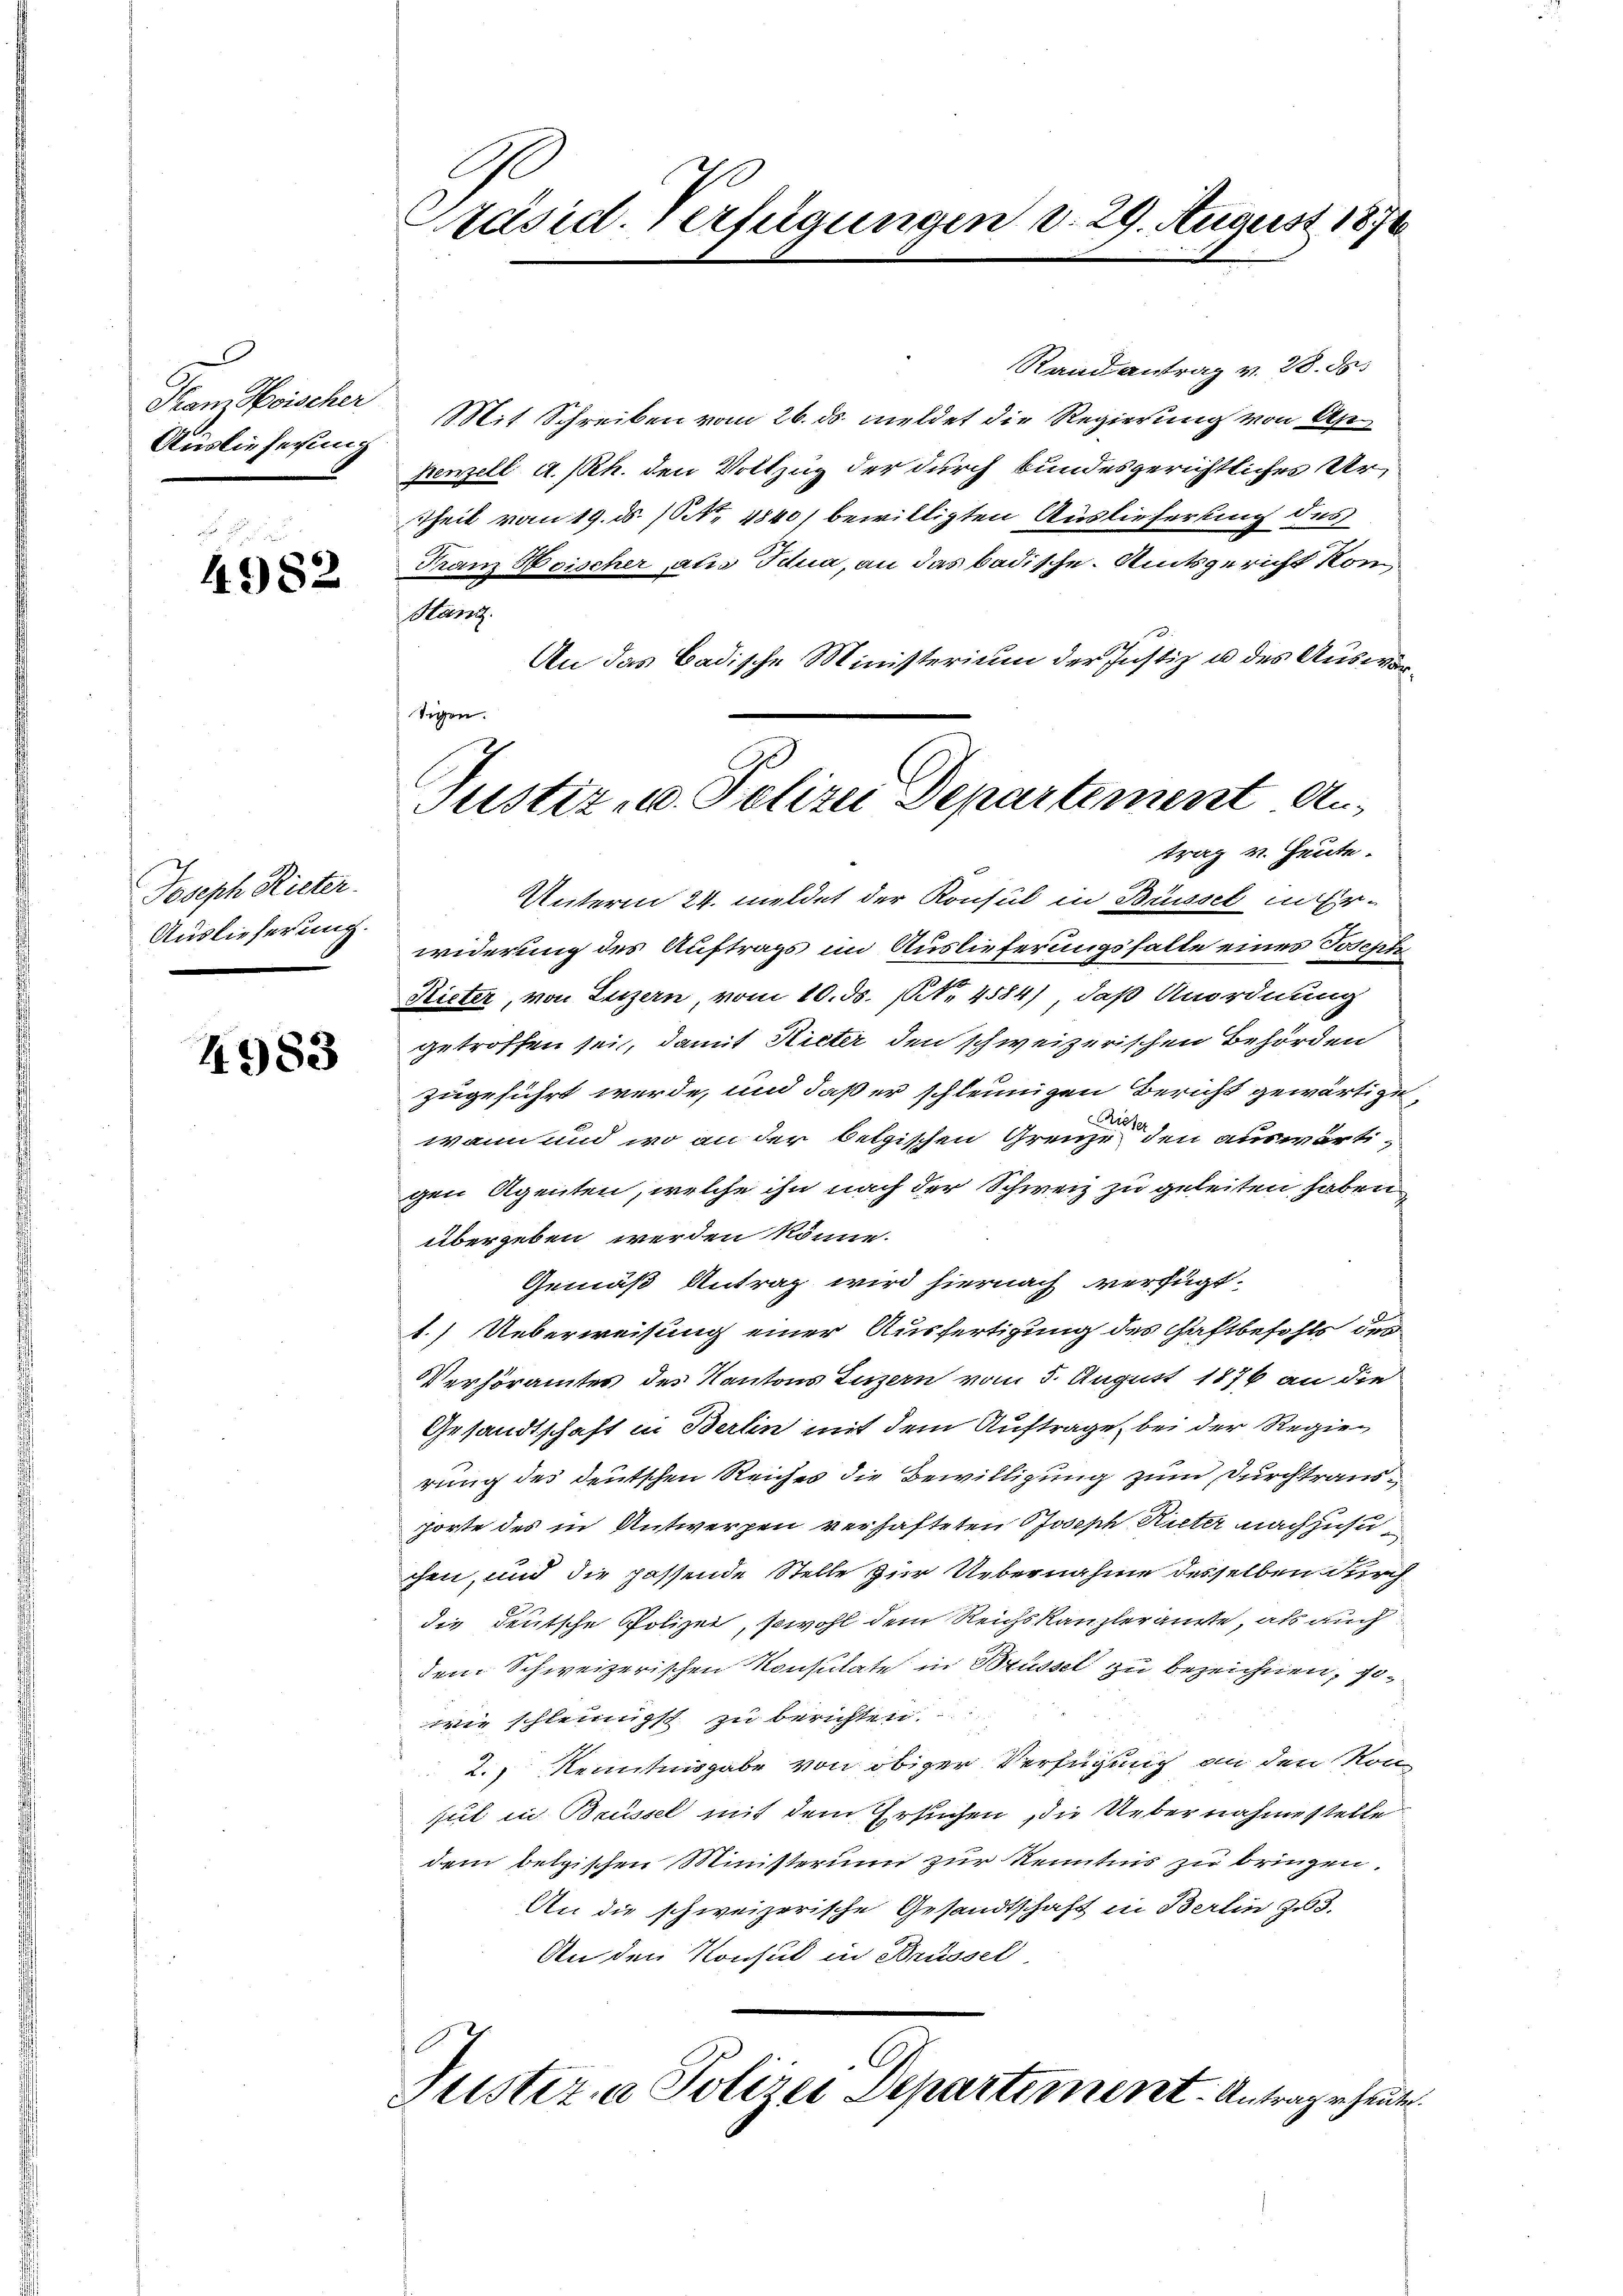
Auslieferung

4982

Joseph Rieter
Auslieferung.

4983

Rand antrag v. 28. ds.
Nam Hoischer Mit Schreiben vom 26. ds. meldet die Regierŭng von Ap
penzell a. Rh. den Vollzug der durch bundesgerichtliches Ur¬
Theil vom 19. ds. (N. 4840) bewilligten Auslieferung des
Franz Hoischer als Idna, an das badische Amtsgericht kon¬
Han
An das Badische Ministerium der Justiz u. des Auswärtrag v. Heute.
Unterm 24. meldet der Konsul in Brüssel in Erwiderung des Auftrags im Auslieferungsfalle eines Joseph
Rieter, von Luzern, vom 10. ds. No. 4584), daß Anordnung
getroffen sei, damit Rieter den schweizerischen Behörden
zugeführt werde, und daß er schleunigen Bericht gewärtige,
re
wann und wo an der belgischen Grenze den auswärtigen Agenten, welche ihn nach der Schweiz zu geleiten haben
übergeben werden könne.
Gemäß Antrag wird hiernach verfügt:
1.) Ueberweisung einer Ausfertigung des Haftbefohls des
Verhöramtes des Kantons Luzern vom 5. August 1876 an die
Gesandtschaft in Berlin mit dem Auftrage bei der Regierung des deutschen Reiches die Bewilligung zum Durchtrausporte des in Antwerpen verhafteten Joseph Rieter nachzusuchen, und die passende Stelle zur Uebernahme desselben durch
die deutsche Polizei, sowohl dem Reichskanzleranste, als auch
dem Schweizerischen Konsulate in Brüssel zu bezeichnen, sowie schleunigst zu berichten.
2.) Kenntnisgabe von obiger Verfügung an den Konfiel in Brüssel mit dem Ersuchen, die Uebernahmestelle
dem belgischen Ministerium zur Kenntnis zu bringen.
An die schweizerische Gesandtschaft in Berlin zu 3.
An den Konsul in Brüssel
Justiz a Polizei Departement. Antrage heute

räsid. Verfügungen d. 29. August 1870

tigen.
Justiz- u. Polizei Departement An¬